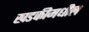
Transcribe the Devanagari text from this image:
खडकीमधील